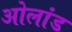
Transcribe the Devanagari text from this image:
ओलांड